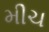
મીચ